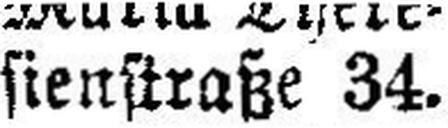
sienstraße 34.